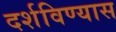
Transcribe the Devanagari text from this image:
दर्शविण्यास